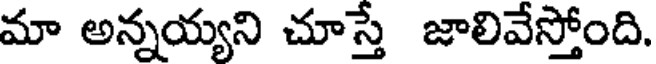
మా అన్నయ్యని చూస్తే జాలివేస్తోంది.